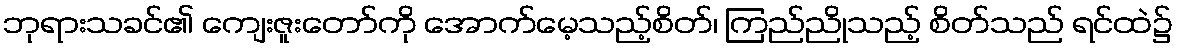
ဘုရားသခင်၏ ကျေးဇူးတော်ကို အောက်မေ့သည့်စိတ်၊ ကြည်ညိုသည့် စိတ်သည် ရင်ထဲ၌